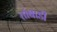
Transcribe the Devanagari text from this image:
तांबाडी